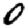
Digit: 0